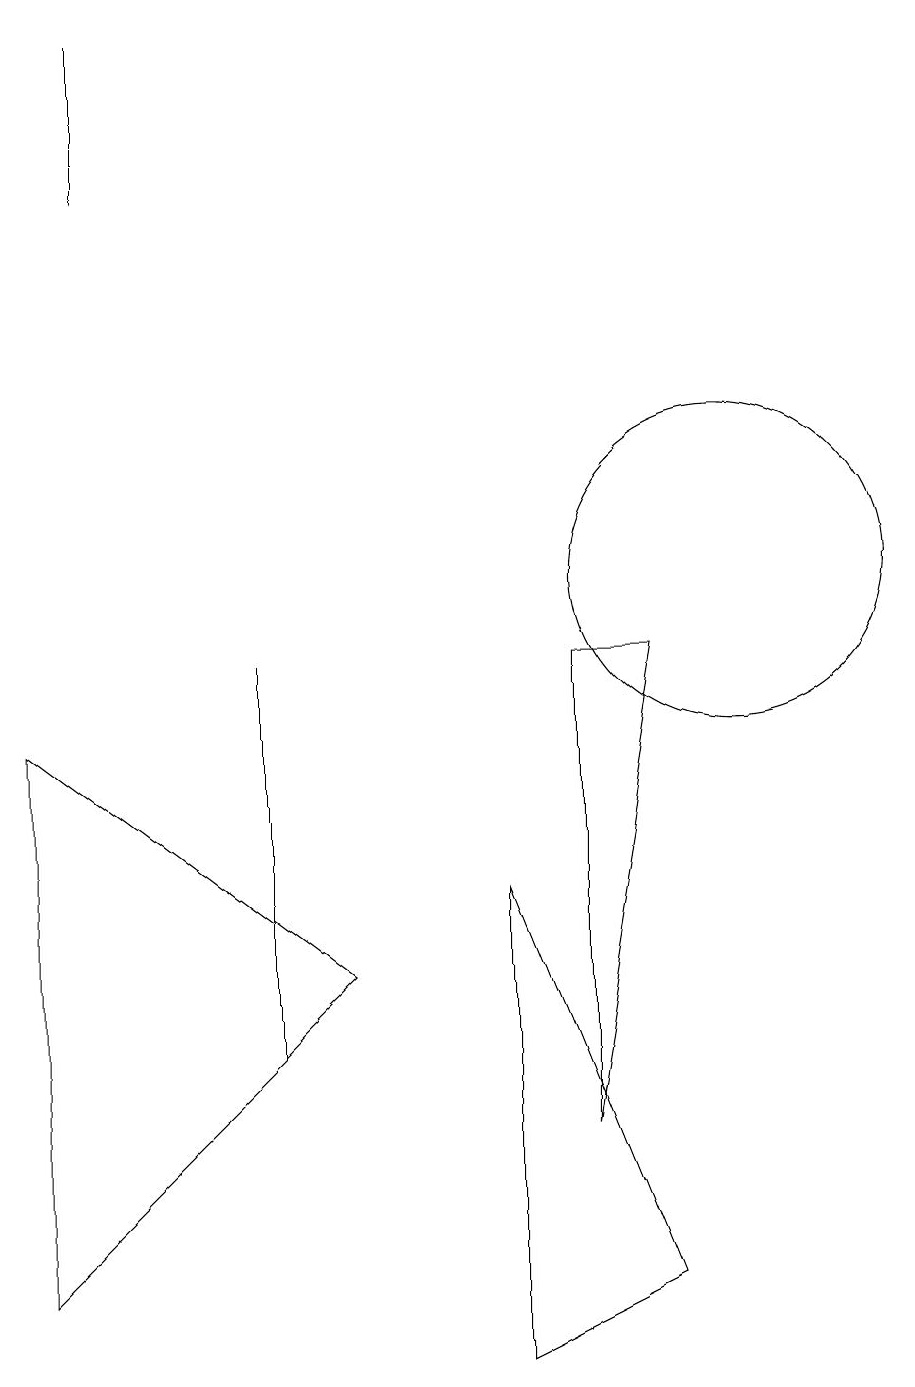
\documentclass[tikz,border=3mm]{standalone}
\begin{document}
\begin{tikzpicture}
\draw (9,9) -- (8,3) -- (8,9) -- cycle;
\draw (1,1) -- (5,5) -- (1,8) -- cycle;
\draw (2,17) rectangle (2,15);
\draw (10,10) circle (2);
\draw (9,1) -- (7,6) -- (7,0) -- cycle;
\draw (4,9) -- (4,5) -- (4,4) -- cycle;
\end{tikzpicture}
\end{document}